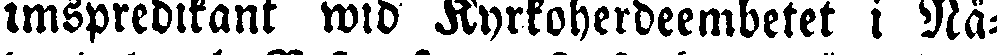
imspredikant wid Kyrkoherdeembetet i Nå-